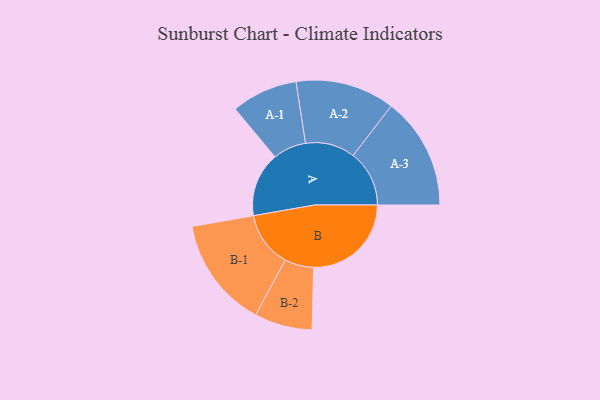
{"axis": {"x": "Segment", "y": "Value"}, "legend": ["", "A", "B"], "data": [{"x": "A", "y": 289, "type": ""}, {"x": "B", "y": 439, "type": ""}, {"x": "A-1", "y": 149, "type": "A"}, {"x": "A-2", "y": 223, "type": "A"}, {"x": "A-3", "y": 252, "type": "A"}, {"x": "B-1", "y": 249, "type": "B"}, {"x": "B-2", "y": 130, "type": "B"}]}